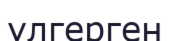
үлгерген